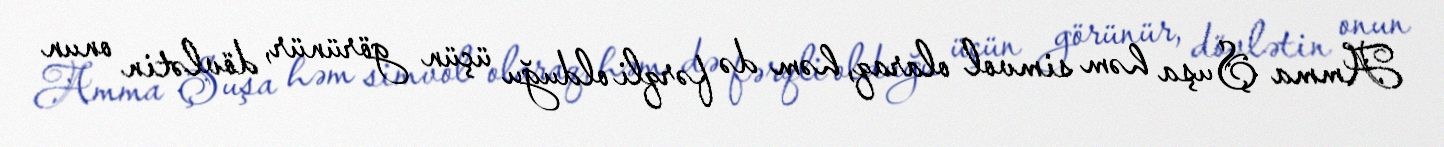
Amma Şuşa həm simvol olaraq, həm də fərqli olduğu üçün görünür, dövlətin onun